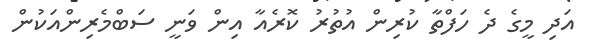
އަދި މީގެ ދެ ހަފްތާ ކުރިން އުތުރު ކޮރެއާ އިން ވަނީ ސަބްމެރިންއަކުން